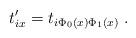
LaTeX: \begin{align*}t'_{ix} = t_{i\Phi_0(x)\Phi_1(x)}\;.\end{align*}